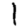
Digit: 1